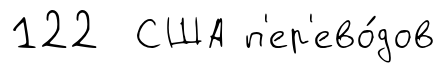
122 США п'ер'ево́дов